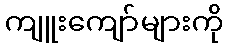
ကျူးကျော်များကို